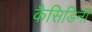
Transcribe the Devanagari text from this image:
कैसिडिनी